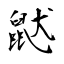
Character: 鼣